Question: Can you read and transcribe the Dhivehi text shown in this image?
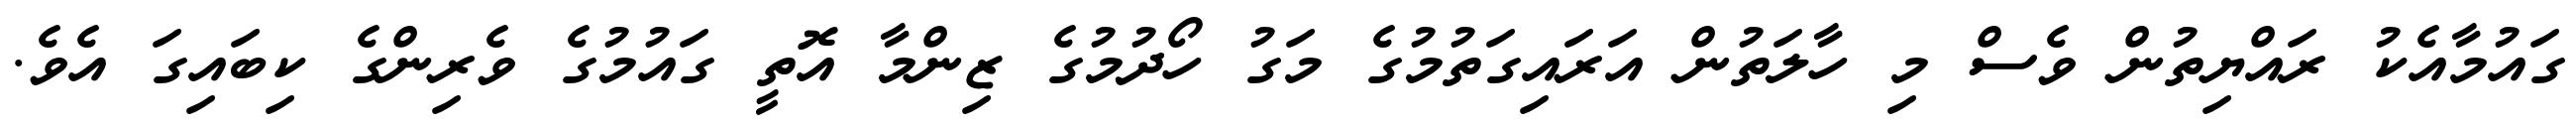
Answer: ގައުމާއެކު ރައްޔިތުން ވެސް މި ހާލަތުން އަރައިގަތުމުގެ މަގު ހޯދުމުގެ ޒިންމާ އޮތީ ގައުމުގެ ވެރިންގެ ކިބައިގަ އެވެ.